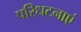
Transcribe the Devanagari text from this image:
परिधटनाएं